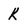
Character: k